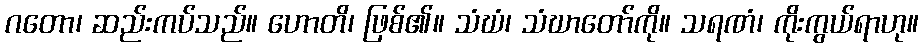
ဂတော၊ ဆည်းကပ်သည်။ ဟောတိ၊ ဖြစ်၏။ သံဃံ၊ သံဃာတော်ကို။ သရဏံ၊ ကိုးကွယ်ရာဟု။